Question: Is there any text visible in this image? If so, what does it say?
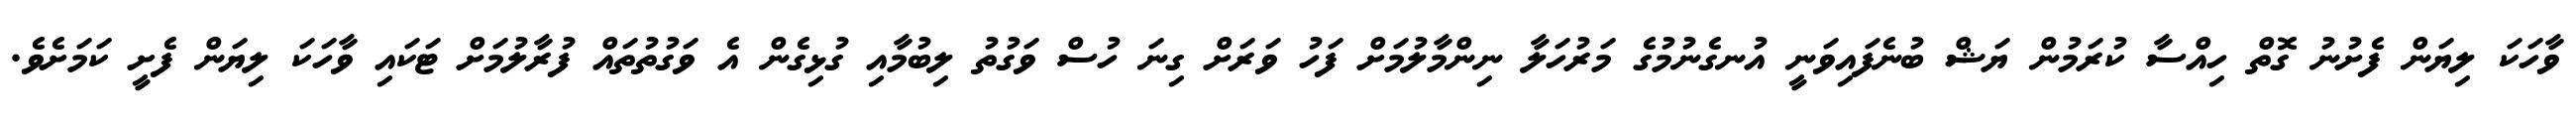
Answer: ވާހަކަ ލިޔަން ފެށުނު ގޮތް ހިއްސާ ކުރަމުން ޔަޝް ބުނެފައިވަނީ އުނގެނުމުގެ މަރުހަލާ ނިންމާލުމަށް ފަހު ވަރަށް ގިނަ ހުސް ވަގުތު ލިބުމާއި ގުޅިގެން އެ ވަގުތުތައް ފުރާލުމަށް ޓަކައި ވާހަކަ ލިޔަން ފެށީ ކަމަށެވެ.